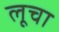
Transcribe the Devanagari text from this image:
लूचा